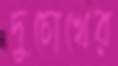
দুচোখের